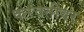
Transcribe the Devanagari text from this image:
करवतीवर